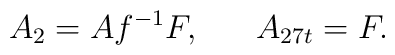
A_{2} = A f^{-1} F,\ \ \ \ \ A_{27t} = F.